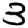
Digit: 3